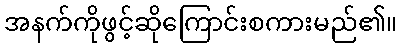
အနက်ကိုဖွင့်ဆိုကြောင်းစကားမည်၏။